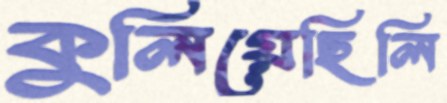
কুলিয়েছিলি